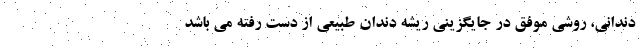
دندانی، روشی موفق در جايگزينی ريشه دندان طبيعی از دست رفته می باشد